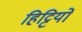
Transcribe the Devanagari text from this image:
हिट्टियों